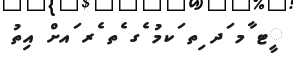
ީޓ ާމ ަދ ިތ ަކމު ެގ ެތ ެރ ައށް އިތު